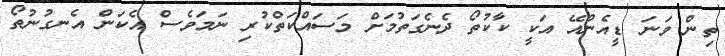
ތިން ވަނަ ޑީއެންއޭ އަކީ ކާކުތޯ ދެނެގަތުމަށް މަސައްކަތްކުރި ނަމަވެސް އެކަން އެނގުނުތޯ